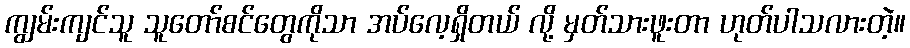
ကျွမ်းကျင်သူ သူတော်စင်တွေကိုသာ အပ်လေ့ရှိတယ် လို့ မှတ်သားဖူးတာ ဟုတ်ပါသလားတဲ့။